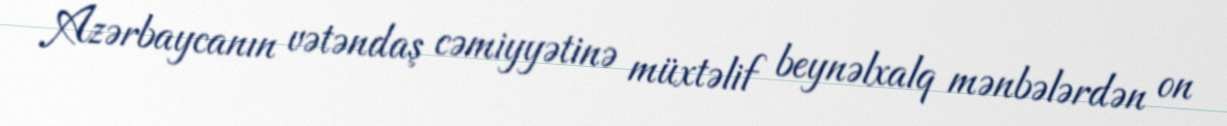
Azərbaycanın vətəndaş cəmiyyətinə müxtəlif beynəlxalq mənbələrdən on